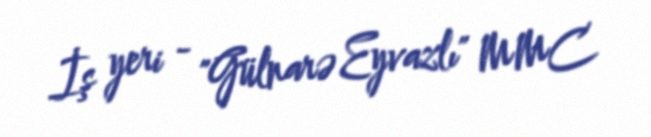
İş yeri - "Gülnarə Eyvazlı" MMC